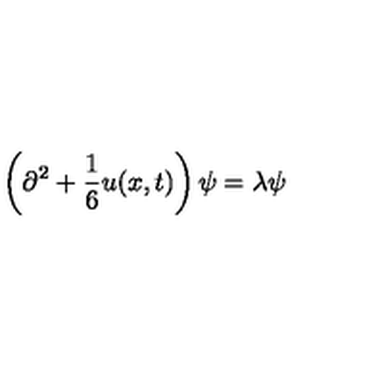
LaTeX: \left( \partial ^ { 2 } + { \frac { 1 } { 6 } } u ( x , t ) \right) \psi = \lambda \psi